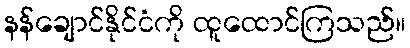
နန်ချောင်နိုင်ငံကို ထူထောင်ကြသည်။